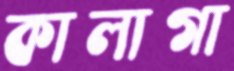
কালাগা